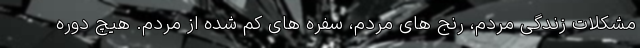
مشکلات زندگی مردم، رنج های مردم، سفره های کم شده از مردم. هیچ دوره